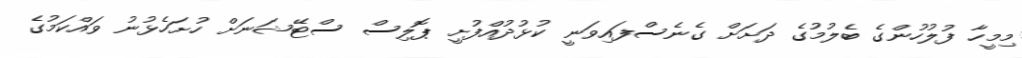
މިމީހާ ފުލުހުންގެ ބެލުމުގެ ދަށަށް ގެނެސްފައިވަނީ ކުޅުދުއްފުށީ ޕޮލިސް ސްޓޭޝަނަށް ހުށަހެޅުނު ވައްކަމުގެ